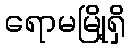
ရောမမြို့ရှိ